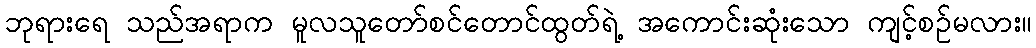
ဘုရားရေ သည်အရာက မူလသူတော်စင်တောင်ထွတ်ရဲ့ အကောင်းဆုံးသော ကျင့်စဉ်မလား။